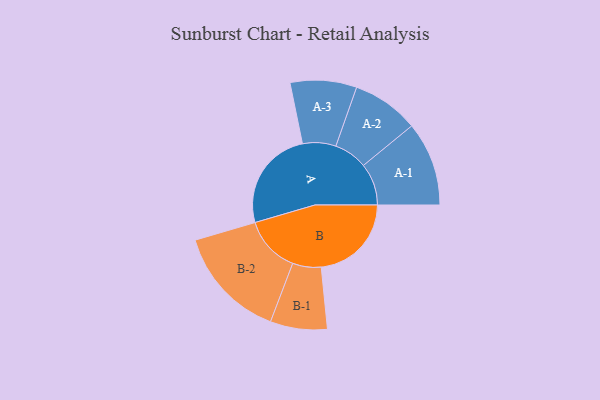
{"axis": {"x": "Segment", "y": "Value"}, "legend": ["", "A", "B"], "data": [{"x": "A", "y": 470, "type": ""}, {"x": "B", "y": 418, "type": ""}, {"x": "A-1", "y": 195, "type": "A"}, {"x": "A-2", "y": 155, "type": "A"}, {"x": "A-3", "y": 154, "type": "A"}, {"x": "B-1", "y": 132, "type": "B"}, {"x": "B-2", "y": 262, "type": "B"}]}